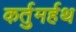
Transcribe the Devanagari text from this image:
कर्तुमर्हथ